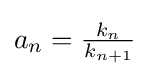
{\textstyle a_{n}={\frac {k_{n}}{k_{n+1}}}}